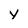
Character: y